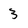
Character: 3